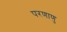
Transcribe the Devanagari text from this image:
परणाणु